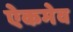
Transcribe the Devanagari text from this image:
ऐकमेव